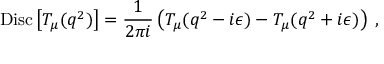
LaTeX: \mathrm { D i s c } \left[ T _ { \mu } ( q ^ { 2 } ) \right] = \frac { 1 } { 2 \pi i } \left( T _ { \mu } ( q ^ { 2 } - i \epsilon ) - T _ { \mu } ( q ^ { 2 } + i \epsilon ) \right) \; ,